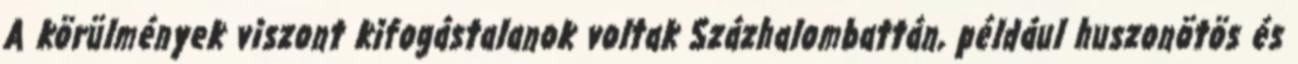
A körülmények viszont kifogástalanok voltak Százhalombattán, például huszonötös és